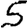
Digit: 5